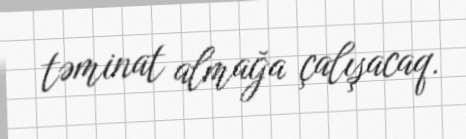
təminat almağa çalışacaq.